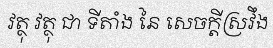
វត្ថុ វត្ថុ ជា ទីតាំង នៃ សេចក្តីស្រវឹង